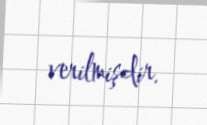
verilmişdir.